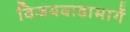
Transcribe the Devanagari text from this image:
विजयवाडामार्गे